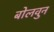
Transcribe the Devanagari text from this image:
बोलवुन